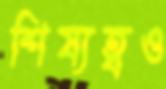
শিষ্যত্বও